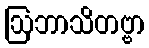
ဩဘာသိတဗ္ဗာ